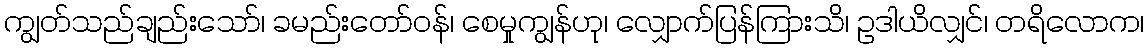
ကျွတ်သည်ချည်းသော်၊ ခမည်းတော်ဝန်၊ စေမှုကျွန်ဟု၊ လျှောက်ပြန်ကြားသိ၊ ဥဒါယိလျှင်၊ တရိလောက၊